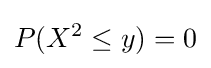
P(X^{2}\leq y)=0